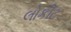
લોકીટ